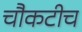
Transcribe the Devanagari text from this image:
चौकटीच